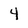
Character: 4